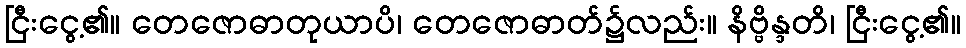
ငြီးငွေ့၏။ တေဇောဓာတုယာပိ၊ တေဇောဓာတ်၌လည်း။ နိဗ္ဗိန္ဒတိ၊ ငြီးငွေ့၏။